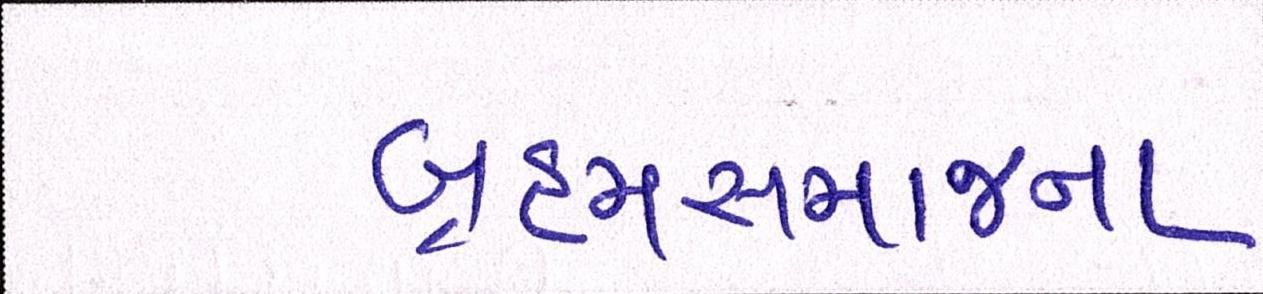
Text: બ્રહ્મસમાજના